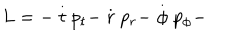
L = - \stackrel { . } { t } p _ { t } - \stackrel { . } { r } p _ { r } - \stackrel { . } { \phi } p _ { \phi } -